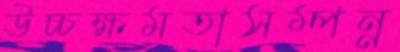
উচ্চক্ষমতাসম্পন্ন